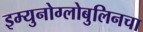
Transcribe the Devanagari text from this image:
इम्युनोग्लोबुलिनचा